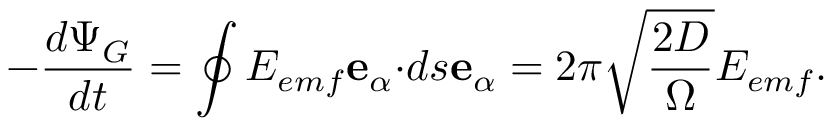
- \frac { d \Psi _ { G } } { d t } = \oint E _ { e m f } \mathbf { e } _ { \alpha } \mathbf { \cdot } d s \mathbf { e } _ { \alpha } = 2 \pi \sqrt { \frac { 2 D } { \Omega } } E _ { e m f } .